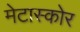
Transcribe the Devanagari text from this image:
मेटास्कोर